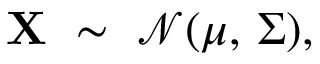
\mathbf { X } \ \sim \ { \mathcal { N } } ( { \boldsymbol { \mu } } , \, { \boldsymbol { \Sigma } } ) ,